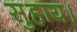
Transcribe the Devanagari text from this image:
सुहाय।